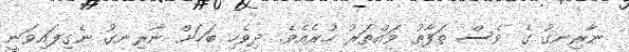
ނާރިނގު ގެ ވެސް ތަފާތު ވައްތަރު ހުރެއެވެ. ދިވެހި ބަހަށް ނާރިނގު ނެގިފައިވަނީ